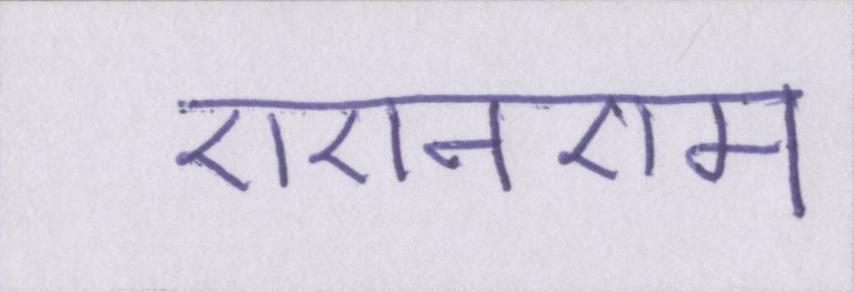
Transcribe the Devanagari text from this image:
एएनएम